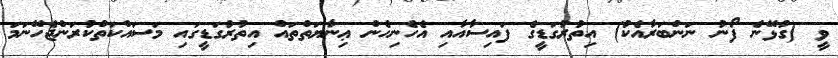
ވީ (ގުޅޭނެ ފޯނު ނަންބަރާއެކު) އިތުރުގަޑީގެ ފައިސާއާއި އެހެނިހެން ޢިނާޔަތްތައް އިތުރުގަޑީގައި މަސައްކަތްކުރަންޖެހޭނަމަ